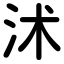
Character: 沭